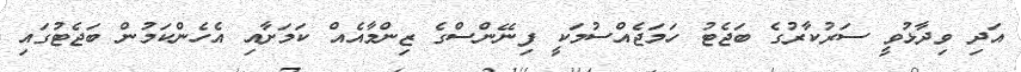
އަދި ވިދާޅުވީ ސަރުކާރުގެ ބަޖެޓު ހަމަޖެއްސުމަކީ ފިނޭންސްގެ ޒިންމާއެއް ކަމަށާއި އެހެންކަމުން ބަޖެޓުގައި